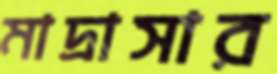
মাদ্রাসার